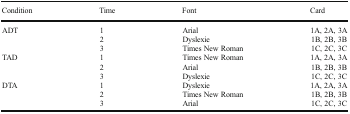
<table><thead><tr><td><b>Condition</b></td><td><b>Time</b></td><td><b>Font</b></td><td><b>Card</b></td></tr></thead><tbody><tr><td rowspan="3">ADT</td><td>1</td><td>Arial</td><td>1A, 2A, 3A</td></tr><tr><td>2</td><td>Dyslexie</td><td>1B, 2B, 3B</td></tr><tr><td>3</td><td>Times New Roman</td><td>1C, 2C, 3C</td></tr><tr><td rowspan="3">TAD</td><td>1</td><td>Times New Roman</td><td>1A, 2A, 3A</td></tr><tr><td>2</td><td>Arial</td><td>1B, 2B, 3B</td></tr><tr><td>3</td><td>Dyslexie</td><td>1C, 2C, 3C</td></tr><tr><td rowspan="3">DTA</td><td>1</td><td>Dyslexie</td><td>1A, 2A, 3A</td></tr><tr><td>2</td><td>Times New Roman</td><td>1B, 2B, 3B</td></tr><tr><td>3</td><td>Arial</td><td>1C, 2C, 3C</td></tr></tbody></table>